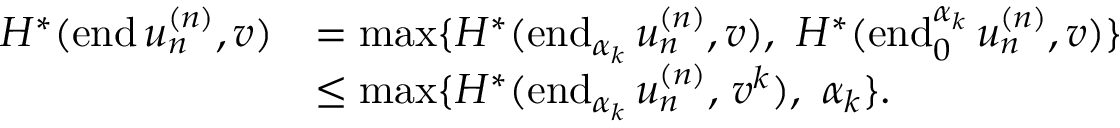
\begin{array} { r l } { H ^ { * } ( \mathrm { e n d } \, u _ { n } ^ { ( n ) } , v ) } & { = \operatorname* { m a x } \{ H ^ { * } ( \mathrm { e n d } _ { \alpha _ { k } } \, u _ { n } ^ { ( n ) } , v ) , \ H ^ { * } ( \mathrm { e n d } _ { 0 } ^ { \alpha _ { k } } \, u _ { n } ^ { ( n ) } , v ) \} } \\ & { \leq \operatorname* { m a x } \{ H ^ { * } ( \mathrm { e n d } _ { \alpha _ { k } } \, u _ { n } ^ { ( n ) } , \, v ^ { k } ) , \ \alpha _ { k } \} . } \end{array}